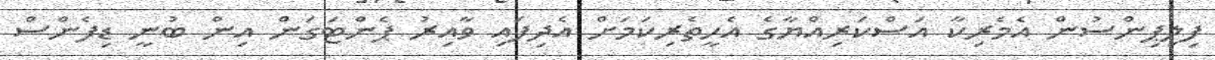
ފިލިޕިންސުން އެމެރިކާ އަސްކަރިއްޔާގެ އެހީތެރިކަމަށް އެދިފައި ވާއިރު ޕެންޓަގަން އިން ބުނީ ޑިފެންސް